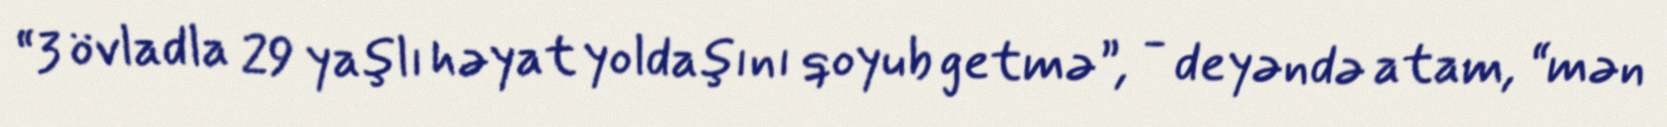
“3 övladla 29 yaşlı həyat yoldaşını qoyub getmə”, - deyəndə atam, “mən